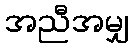
အညီအမျှ